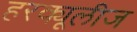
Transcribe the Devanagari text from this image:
हरक्यूलीज